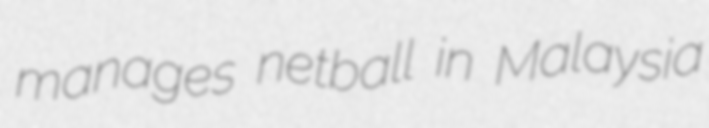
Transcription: manages netball in Malaysia